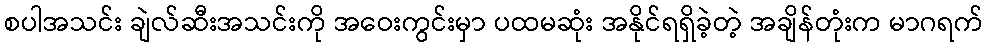
စပါအသင်း ချဲလ်ဆီးအသင်းကို အဝေးကွင်းမှာ ပထမဆုံး အနိုင်ရရှိခဲ့တဲ့ အချိန်တုံးက မာဂရက်